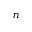
n